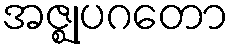
အဇ္ဈုပဂတော